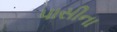
પાસીના